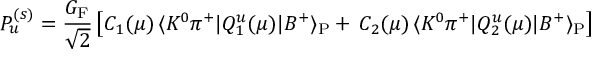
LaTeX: P _ { u } ^ { ( s ) } = \frac { G _ { \mathrm { F } } } { \sqrt { 2 } } \left[ C _ { 1 } ( \mu ) \, \langle K ^ { 0 } \pi ^ { + } | Q _ { 1 } ^ { u } ( \mu ) | B ^ { + } \rangle _ { \mathrm { P } } + \, C _ { 2 } ( \mu ) \, \langle K ^ { 0 } \pi ^ { + } | Q _ { 2 } ^ { u } ( \mu ) | B ^ { + } \rangle _ { \mathrm { P } } \right]